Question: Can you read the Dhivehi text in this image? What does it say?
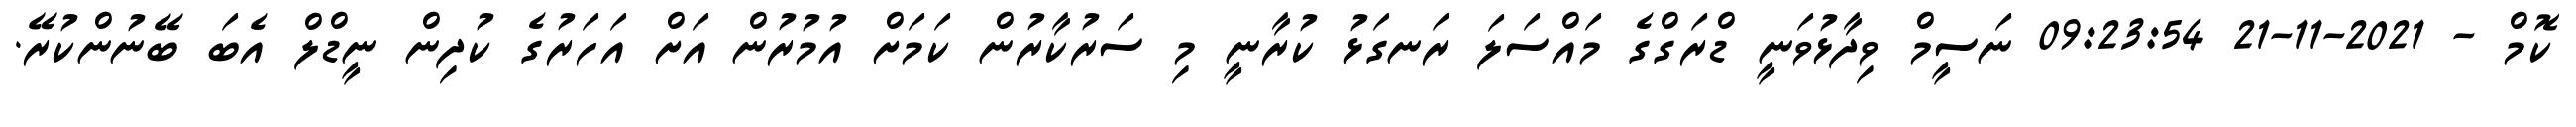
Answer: ކޮމް - 2021-11-21 09:23:54 ނަސީމް ވިދާޅުވަނީ ޑްރަގްގެ މައްސަލަ ރަނގަޅު ކުރާނީ މި ސަރުކާރުން ކަމަށް އުމުރުން އަށް އަހަރުގެ ކުދިން ނީޑްލް އެބަ ބޭނުންކުރޭ.